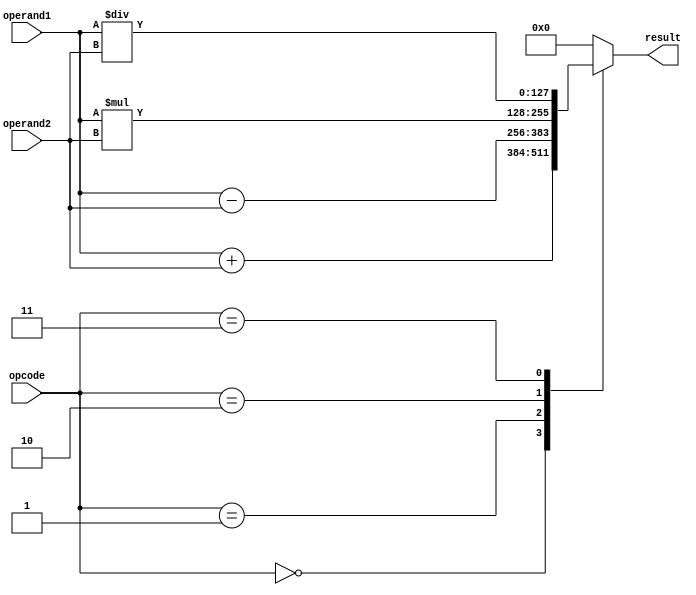
module quadruple_precision_unit(
    input wire [127:0] operand1,
    input wire [127:0] operand2,
    input wire [3:0] opcode,
    output reg [127:0] result
);

always @ (*) begin
    case(opcode)
        4'b0000: // Addition
            result = operand1 + operand2;
        4'b0001: // Subtraction
            result = operand1 - operand2;
        4'b0010: // Multiplication
            result = operand1 * operand2;
        4'b0011: // Division
            result = operand1 / operand2;
        // Add more arithmetic operations as needed
        default:
            result = 128'b0; // Default result
    endcase
end

endmodule